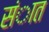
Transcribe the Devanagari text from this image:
संात